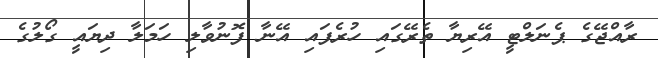
ރާއްޖޭގެ ޕެނަލްޓީ އޭރިޔާ ތެރޭގައި ހުރެފައި އޭނާ ފޮނުވާލި ހަމަލާ ދިޔައީ ގޯލުގެ